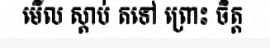
មើល ស្តាប់ តទៅ ព្រោះ ចិត្ត